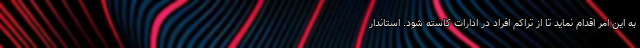
به این امر اقدام نماید تا از تراکم افراد در ادارات کاسته شود. استاندار